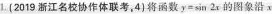
1.(2019浙江名校协作体联考，4)将函数$$y=sin2x$$的图象沿x